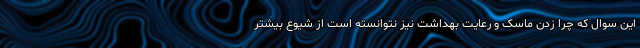
این سوال که چرا زدن ماسک و رعایت بهداشت نیز نتوانسته است از شیوع بیشتر